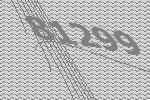
81299